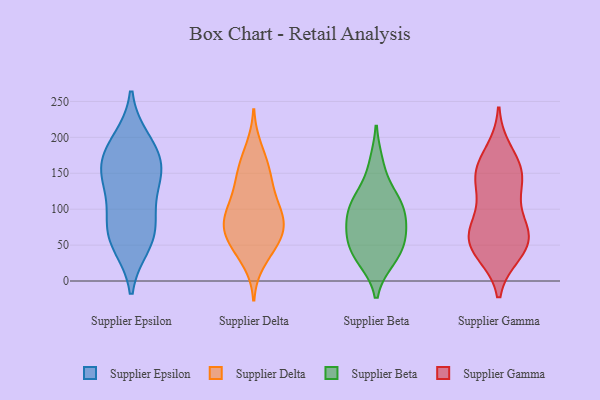
{"axis": {"x": "Operating Costs (USD K)", "y": "Value"}, "legend": ["Supplier Beta", "Supplier Delta", "Supplier Epsilon", "Supplier Gamma"], "data": [{"x": "", "y": 57, "type": "Supplier Epsilon"}, {"x": "", "y": 51, "type": "Supplier Epsilon"}, {"x": "", "y": 153, "type": "Supplier Epsilon"}, {"x": "", "y": 188, "type": "Supplier Epsilon"}, {"x": "", "y": 157, "type": "Supplier Epsilon"}, {"x": "", "y": 74, "type": "Supplier Epsilon"}, {"x": "", "y": 78, "type": "Supplier Epsilon"}, {"x": "", "y": 164, "type": "Supplier Epsilon"}, {"x": "", "y": 195, "type": "Supplier Epsilon"}, {"x": "", "y": 113, "type": "Supplier Epsilon"}, {"x": "", "y": 140, "type": "Supplier Epsilon"}, {"x": "", "y": 110, "type": "Supplier Delta"}, {"x": "", "y": 87, "type": "Supplier Delta"}, {"x": "", "y": 165, "type": "Supplier Delta"}, {"x": "", "y": 133, "type": "Supplier Delta"}, {"x": "", "y": 50, "type": "Supplier Delta"}, {"x": "", "y": 105, "type": "Supplier Delta"}, {"x": "", "y": 71, "type": "Supplier Delta"}, {"x": "", "y": 149, "type": "Supplier Delta"}, {"x": "", "y": 87, "type": "Supplier Delta"}, {"x": "", "y": 145, "type": "Supplier Delta"}, {"x": "", "y": 185, "type": "Supplier Delta"}, {"x": "", "y": 60, "type": "Supplier Delta"}, {"x": "", "y": 45, "type": "Supplier Delta"}, {"x": "", "y": 76, "type": "Supplier Delta"}, {"x": "", "y": 67, "type": "Supplier Delta"}, {"x": "", "y": 95, "type": "Supplier Delta"}, {"x": "", "y": 27, "type": "Supplier Delta"}, {"x": "", "y": 116, "type": "Supplier Beta"}, {"x": "", "y": 101, "type": "Supplier Beta"}, {"x": "", "y": 32, "type": "Supplier Beta"}, {"x": "", "y": 68, "type": "Supplier Beta"}, {"x": "", "y": 75, "type": "Supplier Beta"}, {"x": "", "y": 163, "type": "Supplier Beta"}, {"x": "", "y": 60, "type": "Supplier Beta"}, {"x": "", "y": 113, "type": "Supplier Beta"}, {"x": "", "y": 45, "type": "Supplier Beta"}, {"x": "", "y": 30, "type": "Supplier Beta"}, {"x": "", "y": 96, "type": "Supplier Beta"}, {"x": "", "y": 109, "type": "Supplier Gamma"}, {"x": "", "y": 151, "type": "Supplier Gamma"}, {"x": "", "y": 40, "type": "Supplier Gamma"}, {"x": "", "y": 47, "type": "Supplier Gamma"}, {"x": "", "y": 79, "type": "Supplier Gamma"}, {"x": "", "y": 144, "type": "Supplier Gamma"}, {"x": "", "y": 179, "type": "Supplier Gamma"}, {"x": "", "y": 147, "type": "Supplier Gamma"}, {"x": "", "y": 150, "type": "Supplier Gamma"}, {"x": "", "y": 72, "type": "Supplier Gamma"}, {"x": "", "y": 65, "type": "Supplier Gamma"}, {"x": "", "y": 51, "type": "Supplier Gamma"}, {"x": "", "y": 51, "type": "Supplier Gamma"}]}